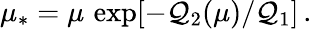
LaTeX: \mu_{*}=\mu\, \exp[-\mathcal{Q}_{2}(\mu)/\mathcal{Q}_{1}]\, .